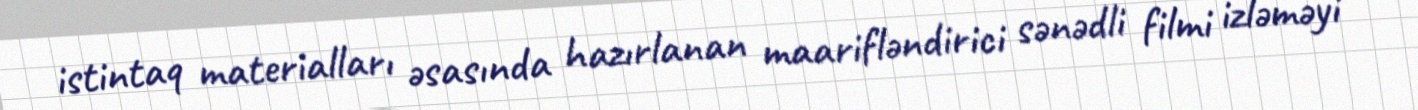
istintaq materialları əsasında hazırlanan maarifləndirici sənədli filmi izləməyi